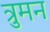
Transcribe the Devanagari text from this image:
त्रुमन